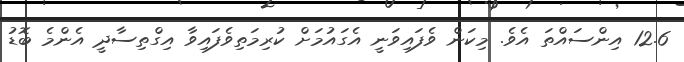
12.6 އިންސައްތަ އެވެ. މިކަން ވެފައިވަނީ އެގައުމަށް ކުރިމަތިވެފައިވާ އިގްތިސާދީ އެންމެ ބޮޑު